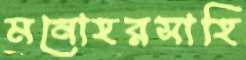
মনোহরসাহি